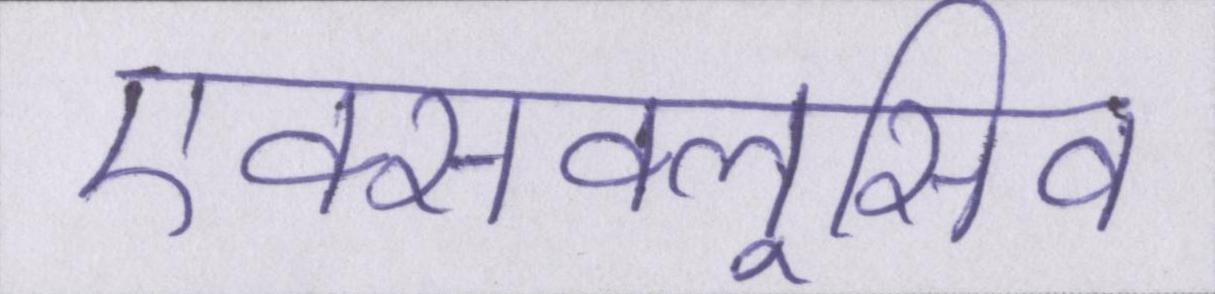
एक्सक्लूसिव